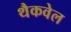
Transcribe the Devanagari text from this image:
थैकवेल